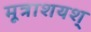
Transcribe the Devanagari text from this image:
मूत्राशयश्